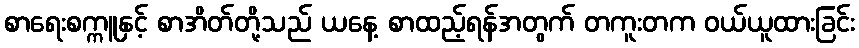
စာရေးစက္ကူနှင့် စာအိတ်တို့သည် ယနေ့ စာထည့်ရန်အတွက် တကူးတက ဝယ်ယူထားခြင်း